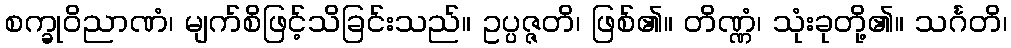
စက္ခုဝိညာဏံ၊ မျက်စိဖြင့်သိခြင်းသည်။ ဥပ္ပဇ္ဇတိ၊ ဖြစ်၏။ တိဏ္ဏံ၊ သုံးခုတို့၏။ သင်္ဂတိ၊